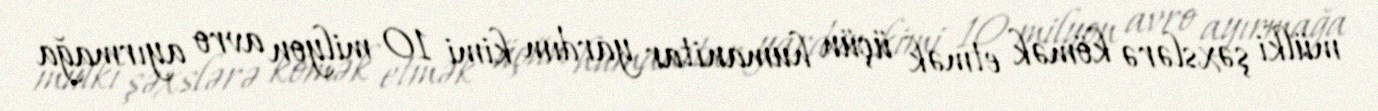
mülki şəxslərə kömək etmək üçün humanitar yardım kimi 10 milyon avro ayırmağa